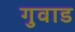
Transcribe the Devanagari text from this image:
गुवाड